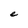
Character: e